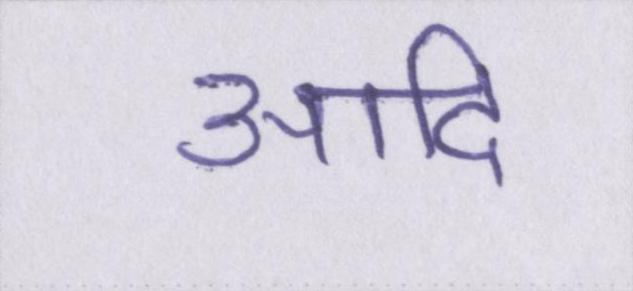
आदि